Leaving Certificate Examination, 1924
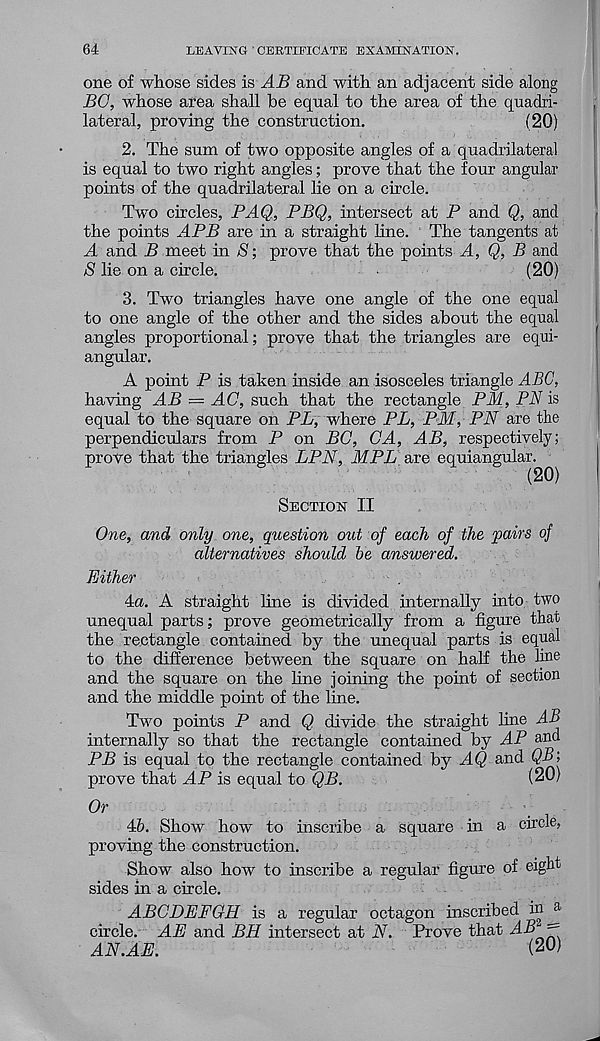
64
LEAVING CERTIFICATE EXAMINATION.
one of whose sides is AB and with an adjacent side along
BO, whose area shall be equal to the area of the quadri-
lateral, proving the construction.
(20)
2. The sum of two opposite angles of a quadrilateral
is equal to two right angles; prove that the four angular
points of the quadrilateral lie on a circle.
Two circles, PAQ, PBQ, intersect at P and Q, and
the points ^4P2> are in a straight line. The tangents at
A and B meet in S; prove that the points A, Q, B and
S lie on a circle.
(20)
3. Two triangles have one angle of the one equal
to one angle of the other and the sides about the equal
angles proportional; prove that the triangles are equi-
angular.
A point P is taken inside an isosceles triangle ABC,
having AB — AC, such that the rectangle PM, PN is
equal to the square on PL, where PL, PM, PN are the
perpendiculars from P on BC, CA, AB, respectively;
prove that the triangles LPN, MPL are equiangular.
(20)
Section II
One, and only one, question out of each of the pairs of
alternatives should Be answered.
Either
4«. A straight line is divided internally into two
unequal parts; prove geometrically from a figure that
the rectangle contained by the unequal parts is equal
to the difference between the square on half the line
and the square on the fine joining the point of section
and the middle point of the line.
Two points P and Q. divide the straight line AB
internally so that the rectangle contained by AP and
PB is equal to the rectangle contained by AQ, and QB\
prove that AP is equal to QB.
(20)
Or
4&. Show how to inscribe a square in a circle,
proving the construction.
Show also how to inscribe a regular figure of eight
sides in a circle.
ABCDEFGH is a regular octagon inscribed inj*
circle. AE and BH intersect at N. Prove that AB'
AN.AE.
( 2°)